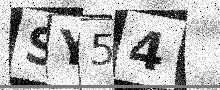
Text: SY54